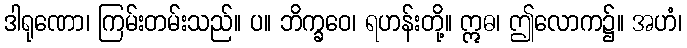
ဒါရုဏော၊ ကြမ်းတမ်းသည်။ ပ။ ဘိက္ခဝေ၊ ရဟန်းတို့။ ဣဓ၊ ဤလောက၌။ အဟံ၊